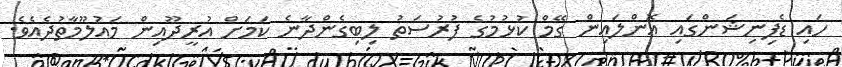
ހައި ޑެފިނިޝަންގައި އޮންލައިން ގޭމް ކުޅުމުގެ ފުރުސަތު ލިބިގެންދާނެ ކަމަށް އުރީދޫއިން މައުލޫމާތުދެއެވެ.